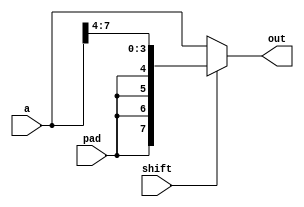
// This program was cloned from: https://github.com/chicken8848/RISKY
// License: MIT License

module x_bit_shr #(
  parameter BITS = 8,
  parameter SHIFT = 4
) (
  input [BITS-1:0] a,
  input shift,
  input pad,
  output [BITS-1:0] out
);

wire [BITS-1:0] alt;

assign alt = {{SHIFT{pad}}, a[(BITS-1):SHIFT]};

assign out = shift ? alt : a;

endmodule